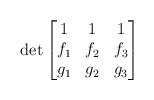
\begin{align*}\det\begin{bmatrix}1&1&1\\f_1&f_2&f_3\\g_1&g_2&g_3\end{bmatrix}\end{align*}